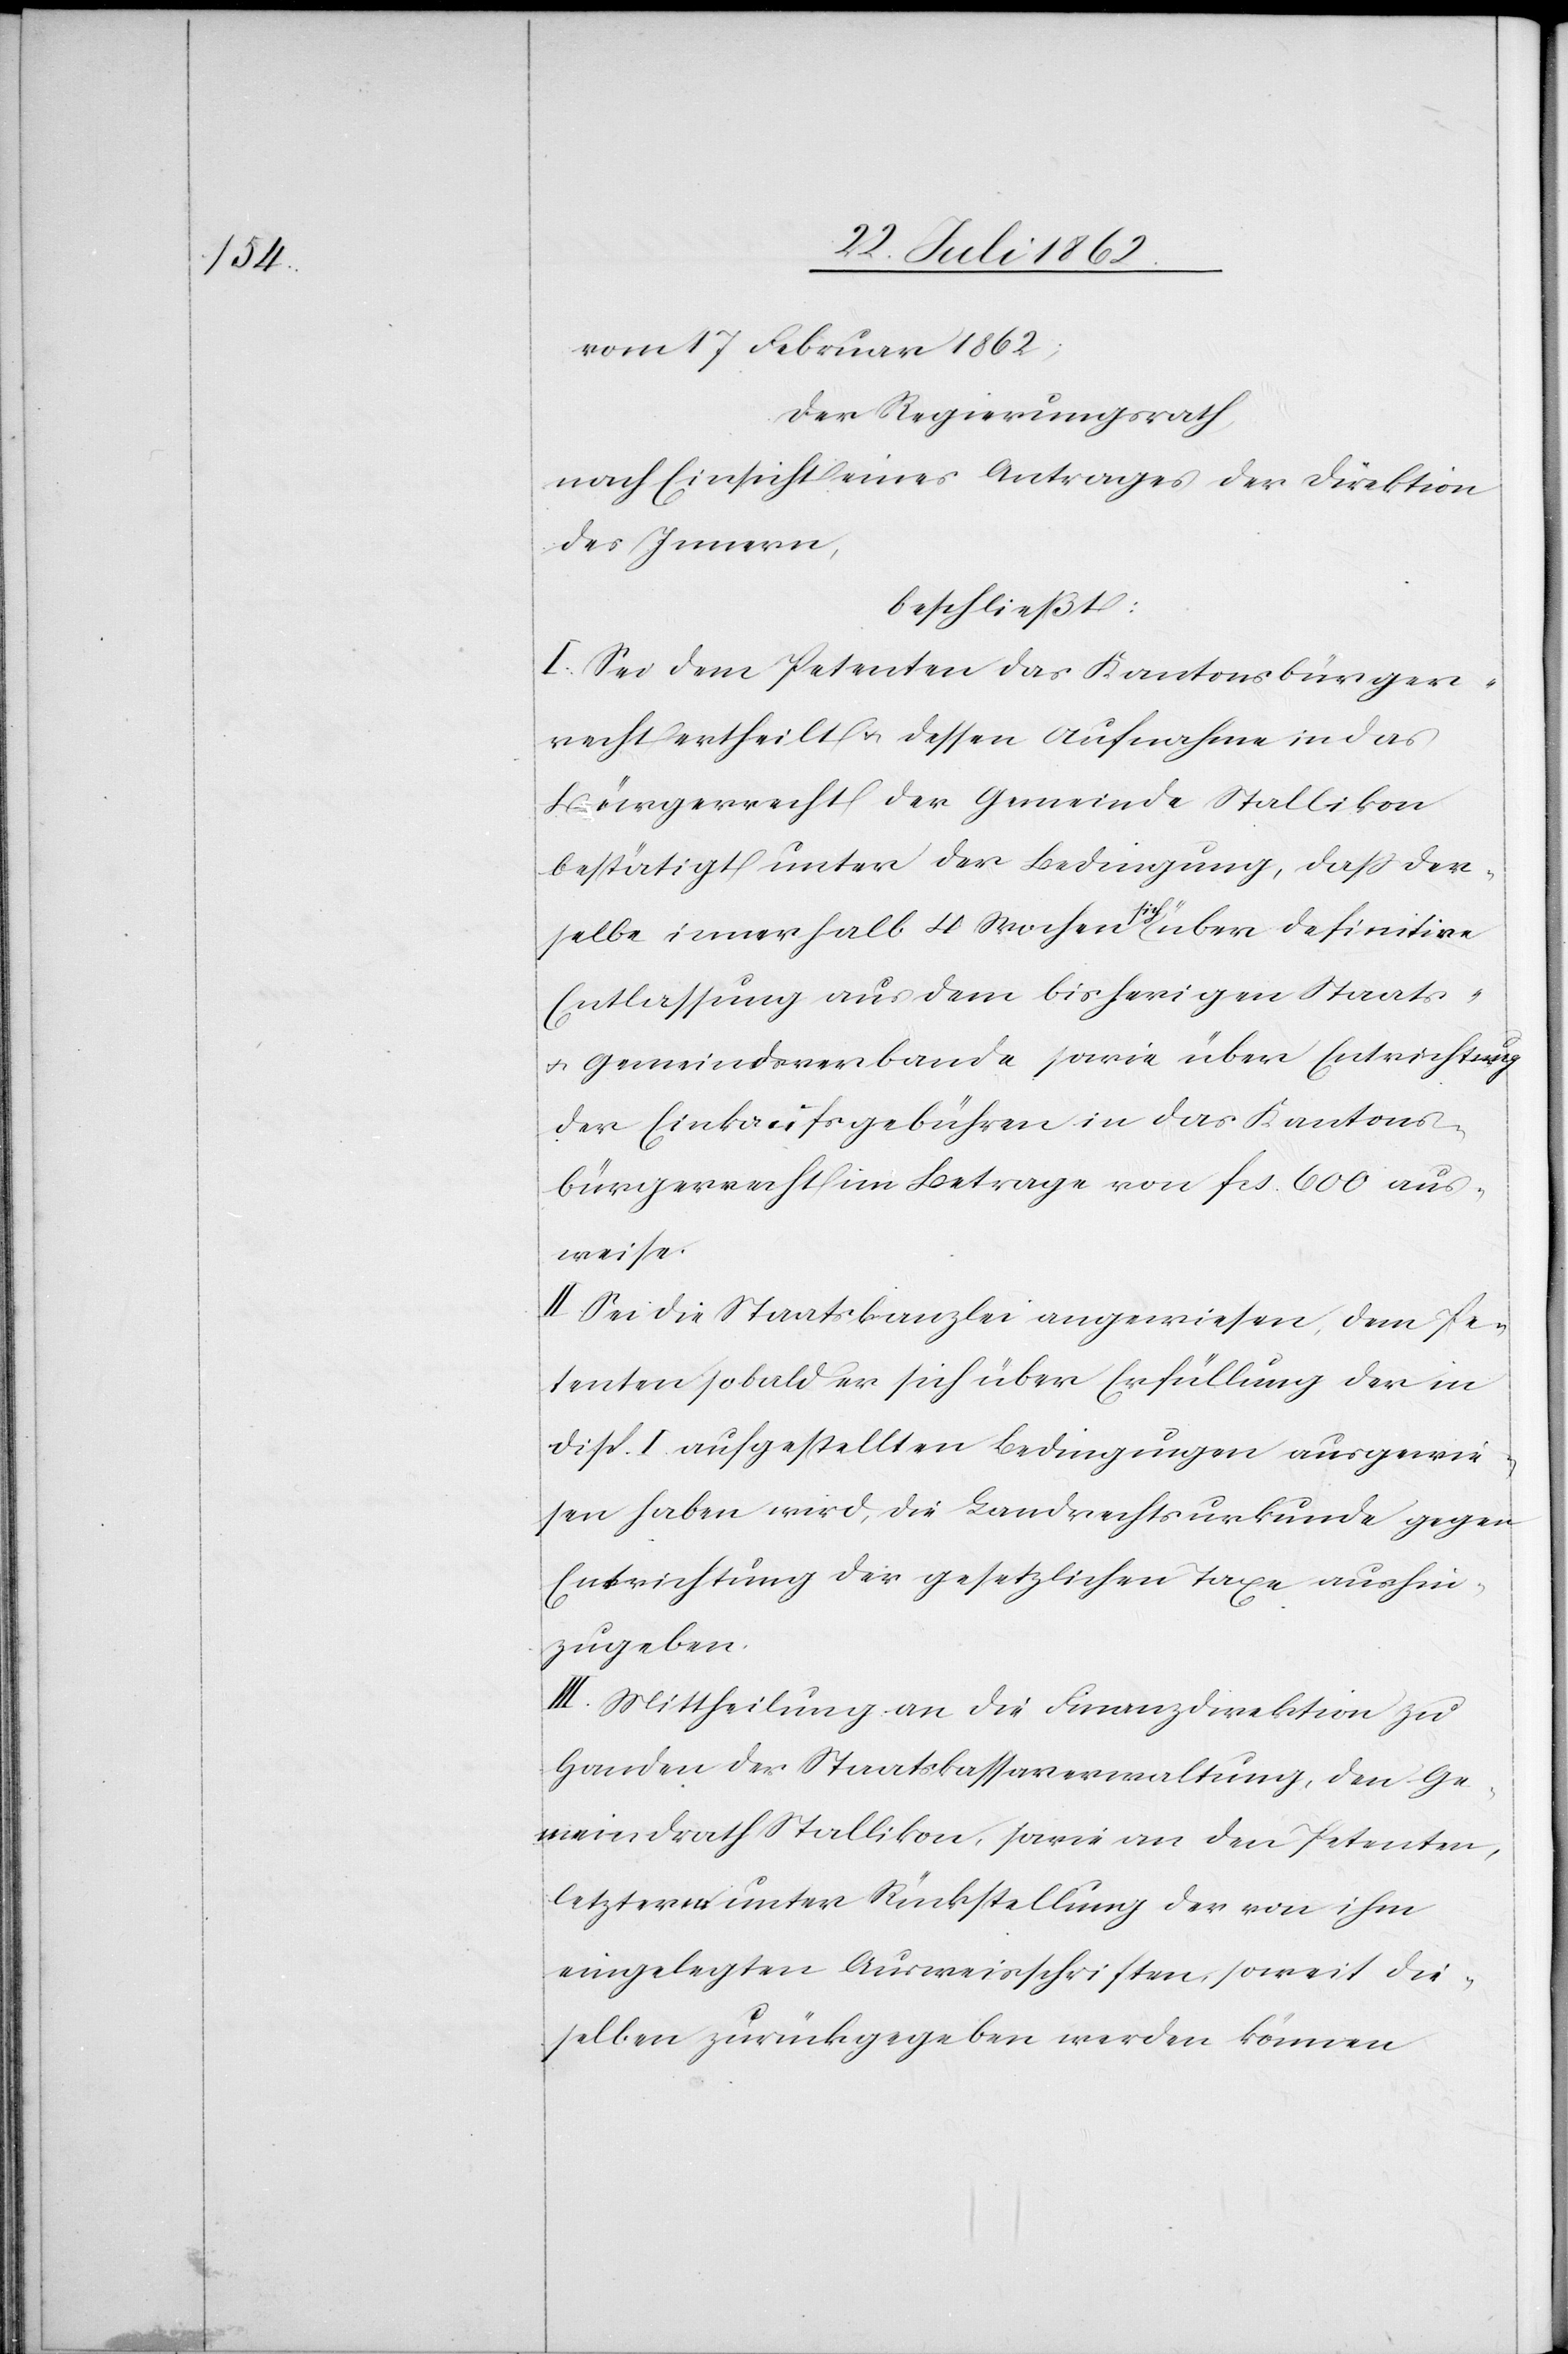
vom 17. Februar 1862:
Der Regierungsrath,
nach Einsicht eines Antrages der Direktion
des Innern,
beschließt:
I. Sei dem Petenten das Kantonsbürger¬
recht ertheilt u. dessen Aufnahme in das
Bürgerrecht der Gemeinde Stallikon
bestätigt unter der Bedingung, daß der¬
selbe innerhalb 4 Wochen sich über definitive
Entlassung aus dem bisherigen Staats-
u. Gemeindsverbande sowie über Entrichtung
der Einkaufsgebühren in das Kantons¬
bürgerrecht im Betrage von fcs. 600 aus¬
weise.
II. Sei die Staatskanzlei angewiesen, dem Pe¬
tenten sobald er sich über Erfüllung der in
Disp. I. aufgestellten Bedingungen ausgewie¬
sen haben wird, die Landrechtsurkunde gegen
Entrichtung der gesetzlichen Taxe aushin¬
zugeben.
III. Mittheilung an die Finanzdirektion zu
Handen der Staatskassaverwaltung, den Ge¬
meindrath Stallikon, sowie an den Petenten,
letzterm unter Rückstellung der von ihm
eingelegten Ausweisschriften, soweit die¬
selben zurückgegeben werden können